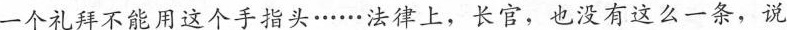
一个礼拜不能用这个手指头·..···法律上，长官，也没有这么一条，说